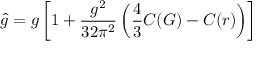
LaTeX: \hat { g } = g \left[ 1 + \frac { g ^ { 2 } } { 3 2 \pi ^ { 2 } } \left( \frac { 4 } { 3 } C ( G ) - C ( r ) \right) \right]